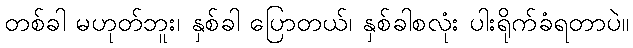
တစ်ခါ မဟုတ်ဘူး၊ နှစ်ခါ ပြောတယ်၊ နှစ်ခါစလုံး ပါးရိုက်ခံရတာပဲ။